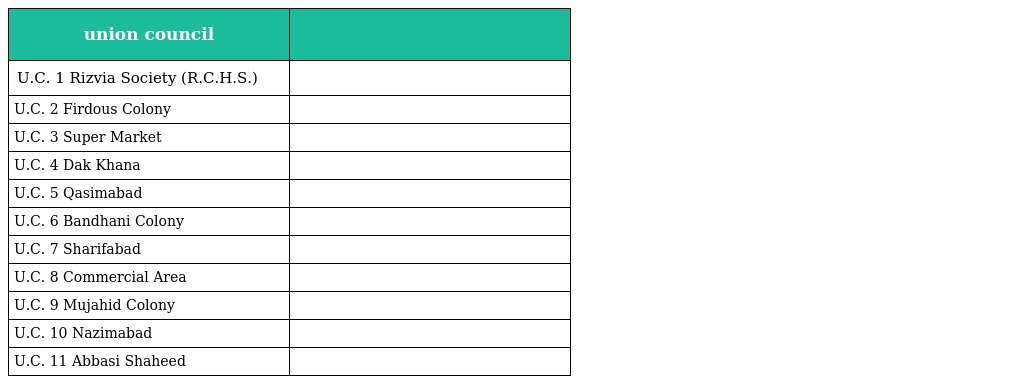
| union council |  |
 | --- | --- |
 | U.C. 1 Rizvia Society (R.C.H.S.) |  |
 | U.C. 2 Firdous Colony |  |
 | U.C. 3 Super Market |  |
 | U.C. 4 Dak Khana |  |
 | U.C. 5 Qasimabad |  |
 | U.C. 6 Bandhani Colony |  |
 | U.C. 7 Sharifabad |  |
 | U.C. 8 Commercial Area |  |
 | U.C. 9 Mujahid Colony |  |
 | U.C. 10 Nazimabad |  |
 | U.C. 11 Abbasi Shaheed |  |